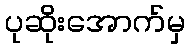
ပုဆိုးအောက်မှ